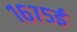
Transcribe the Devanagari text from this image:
१६७५ई